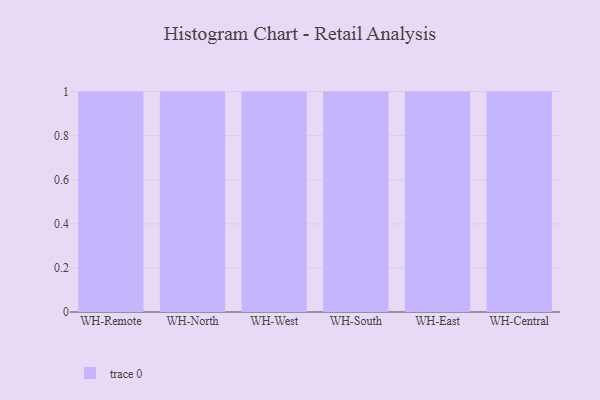
{"axis": {"x": "Warehouse", "y": "Humidity (%)"}, "legend": [""], "data": [{"x": "WH-Remote", "y": 86, "type": ""}, {"x": "WH-North", "y": 33, "type": ""}, {"x": "WH-West", "y": 8, "type": ""}, {"x": "WH-South", "y": 69, "type": ""}, {"x": "WH-East", "y": 49, "type": ""}, {"x": "WH-Central", "y": 76, "type": ""}]}